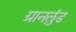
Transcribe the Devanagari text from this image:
ग्रानलुंड